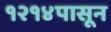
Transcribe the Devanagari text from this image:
१२१४पासून